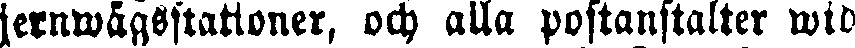
jernwägsstationer, och alla postanstalter wid